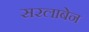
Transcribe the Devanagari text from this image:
सरलाबेन